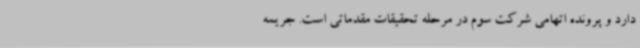
دارد و پرونده اتهامی شرکت سوم در مرحله تحقیقات مقدماتی است. جریمه